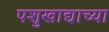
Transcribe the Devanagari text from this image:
पशुखाद्याच्या